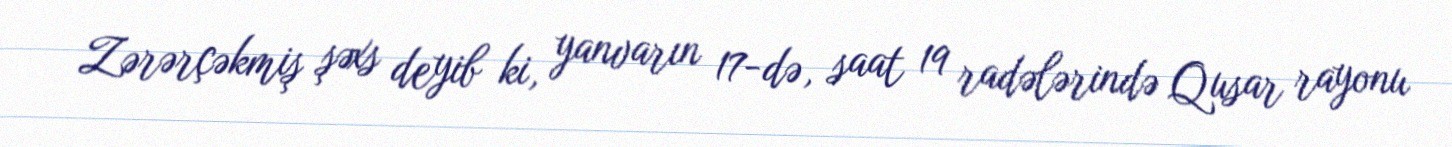
Zərərçəkmiş şəxs deyib ki, yanvarın 17-də, saat 19 radələrində Qusar rayonu